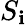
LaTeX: S_{\mathbf{i}}